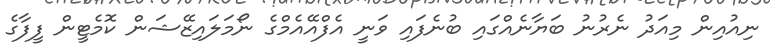
ނިއުއިން މިއަދު ނެރުނު ބަޔާނެއްގައި ބުނެފައި ވަނީ އެފްއޭއެމްގެ ނޯމަލައިޒޭޝަން ކޮމެޓީން ފީފާގެ